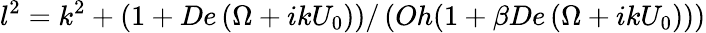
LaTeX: l^{2}=k^{2}+\left(1+De\left(\Omega+ik{U}_{0}\right)\right)/\left(Oh(1+\beta De\left(\Omega+ikU_{0}\right))\right)